Tartu_linnavalitsus, lk 15
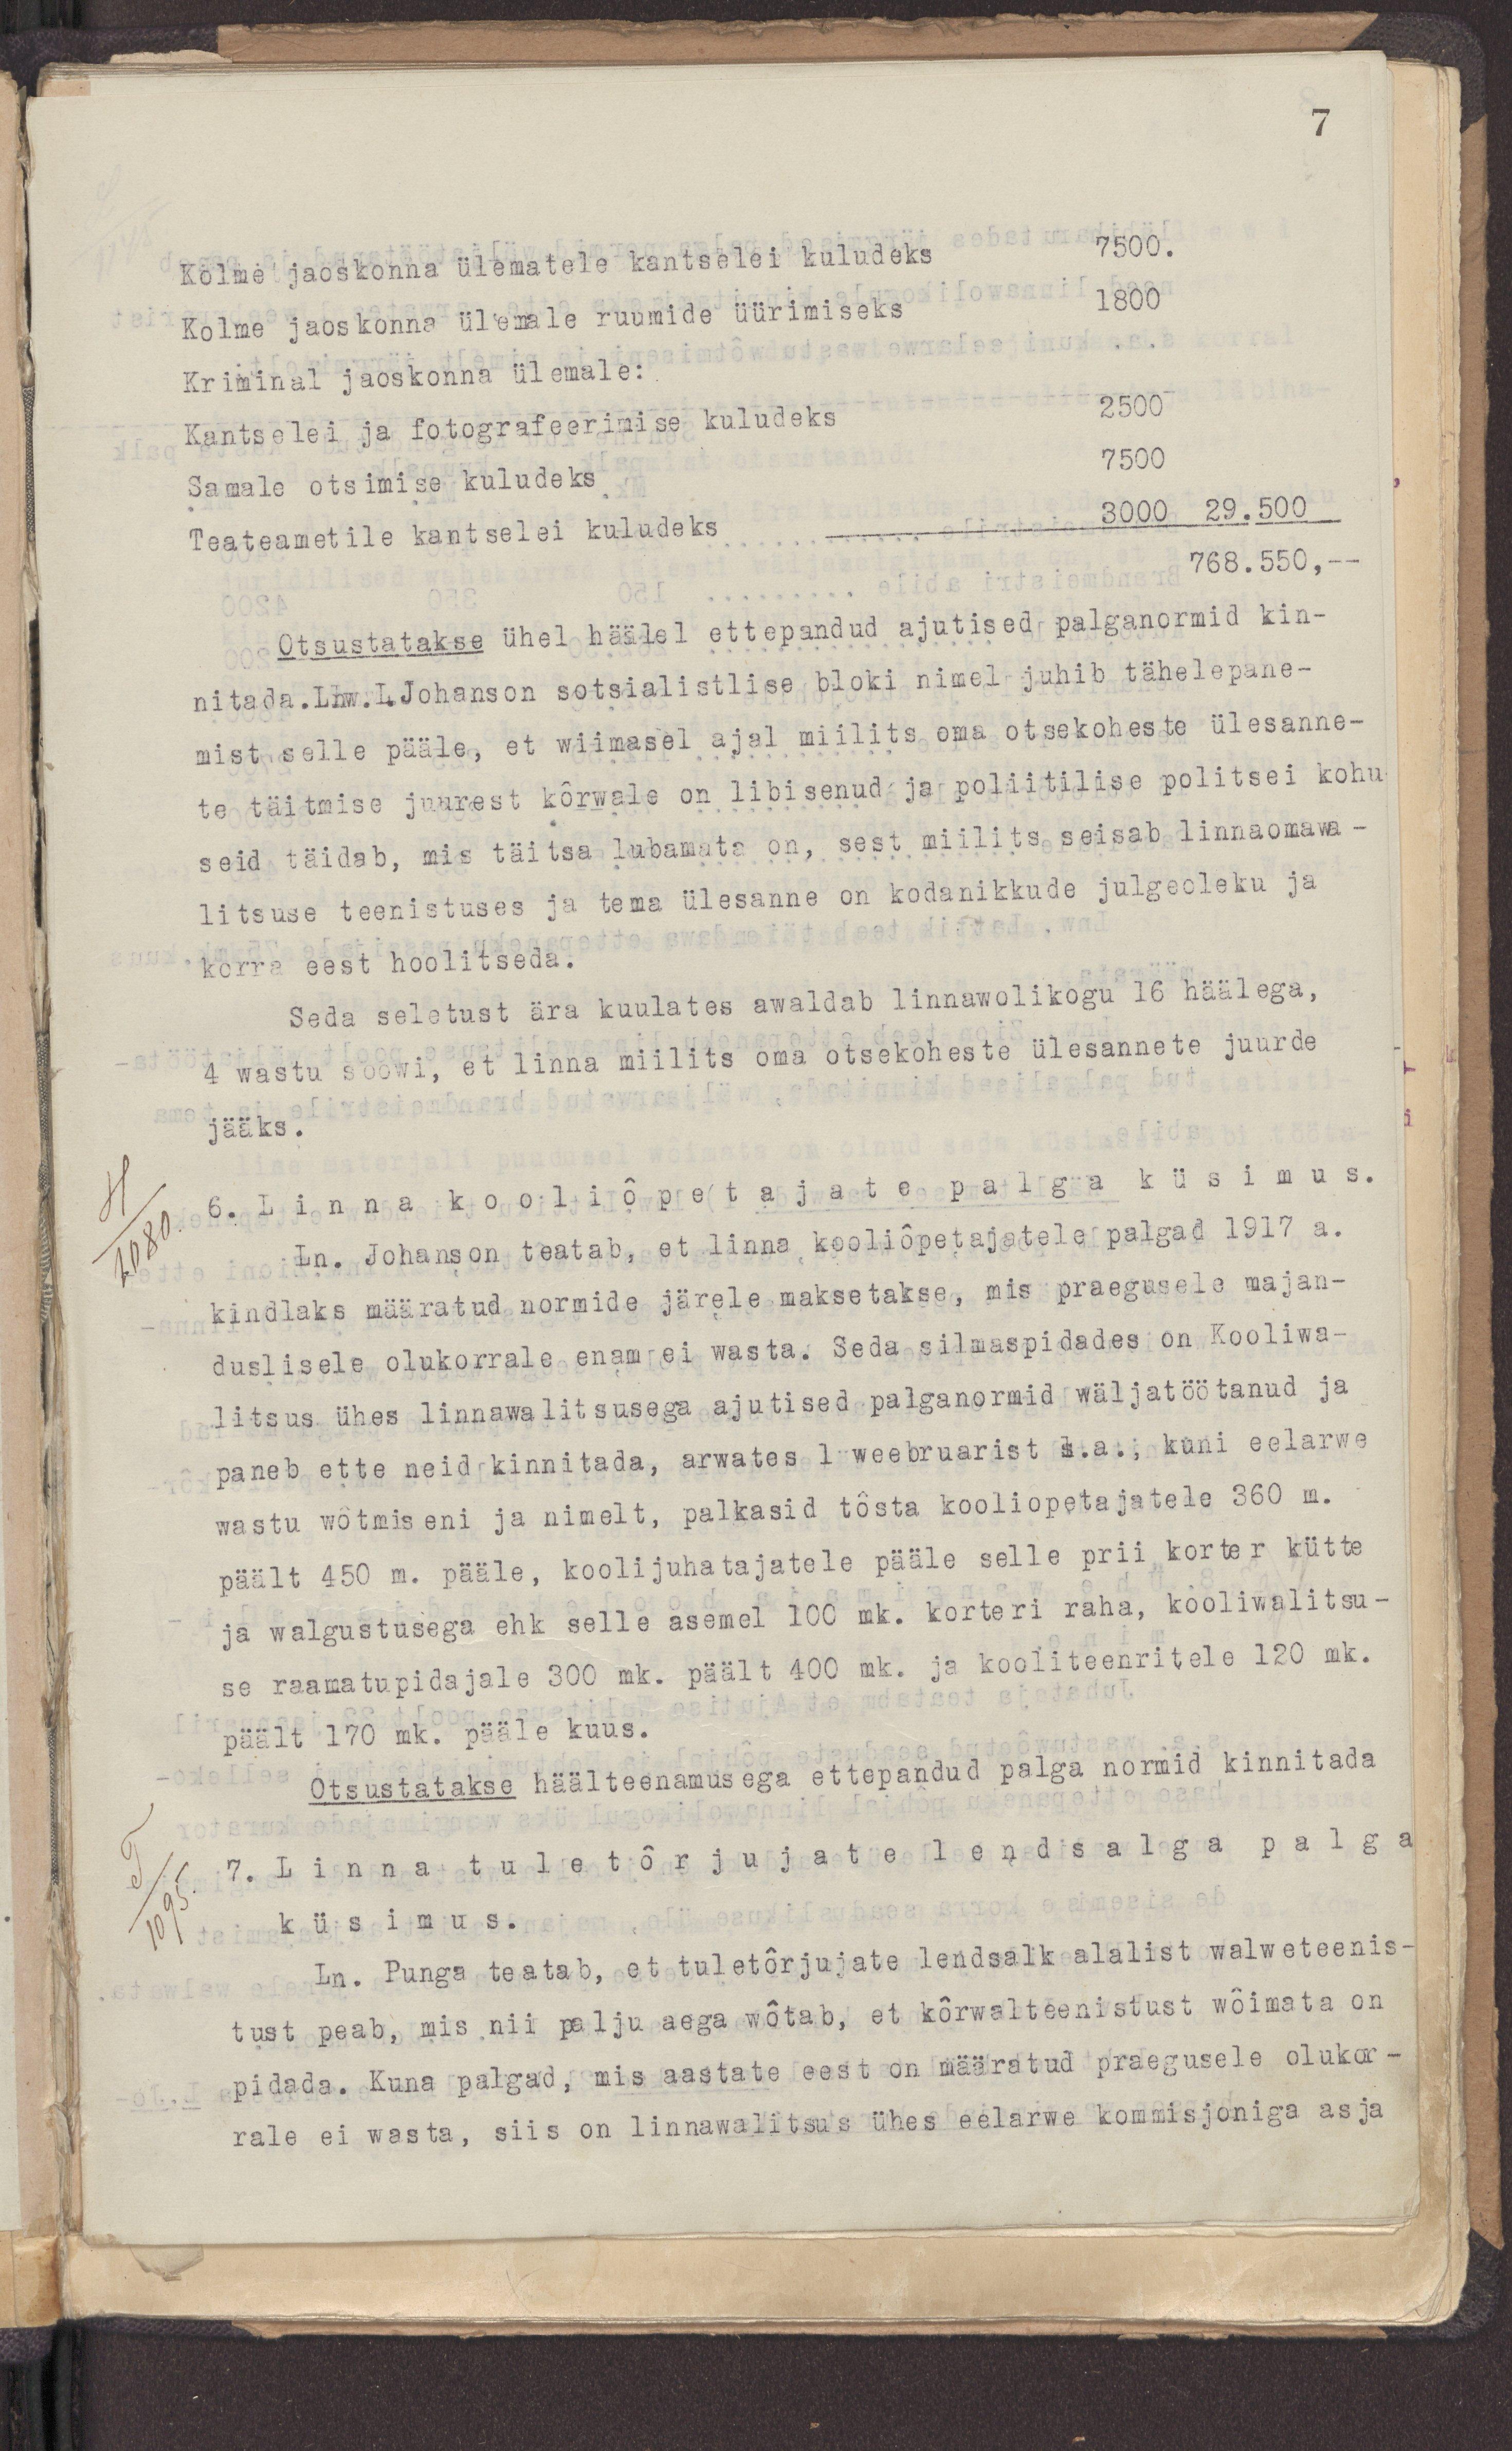
7
Kolme jaoskonna ülematele kantselei kuludeks 7500.
Kolme jaoskonna ülemale ruumide üürimiseks 1800
Kriminal jaoskonna ülemale:
Kantselei ja fotografeerimise kuludeks 2500
Samale otsimise kuludeks 7500
Teateametile kantselei kuludeks 3000 29.500
768.550,
Otsustatakse ühel häälel ettepandud ajutised palganormid kin-
nitada. Lnw.L.Johanson sotsialistlise bloki nimel juhib tähelepane-
mist selle pääle, et wiimasel ajal miilits oma otsekoheste ülesanne-
te täitmise juurest kõrwale on libisenud ja poliitilise politsei kohu-
seid täidab, mis täitsa lubamata on, sest miilits seisab linnaomawa-
litsuse teenistuses ja tema ülesanne on kodanikkude julgeoleku ja
korra eest hoolitseda.
Seda seletust ära kuulates awaldab linnawolikogu 16 häälega,
4 wastu soowi, et linna miilits oma otsekoheste ülesannete juurde
jääks.
6. Linna kooliõpetajate palga küsimus.
Ln. Johanson teatab, et linna kooliõpetajatele palgad 1917 a.
kindlaks määratud normide järele maksetakse, mis praegusele majan-
duslisele olukorrale enam ei wasta. Seda silmaspidades on Kooliwa-
litsus ühes linnawalitsusega ajutised palganormid wäljatöötanud ja
paneb ette neid kinnitada, arwates 1 weebruarist s.a., kuni eelarwe
wastu wõtmiseni ja nimelt, palkasid tõsta kooliõpetajatele 360 m.
päält 450 m. pääle, koolijuhatajatele pääle selle prii korter kütte
ja walgustusega ehk selle asemel 100 mk. korteri raha, kooliwalitsu-
se raamatupidajale 300 mk. päält 400 mk. ja kooliteenritele 120 mk.
päält 170 mk. pääle kuus.
Otsustatakse häälteenamusega ettepandud palga normid kinnitada
7. Linna tuletõrjujate lendsalga palga
küsimus.
Ln. Punga teatab, et tuletõrjujate lendsalk alalist walweteenis-
tust peab, mis nii palju aega wõtab, et kõrwalteenistust wõimata on
pidada. Kuna palgad, mis aastate eest on määratud praegusele olukor-
rale ei wasta, siis on linnawalitsus ühes eelarwe kommisjoniga asja